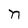
Character: n